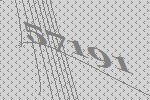
57191